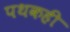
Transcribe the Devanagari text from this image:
पथकही